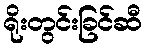
ရိုးတွင်းခြင်ဆီ